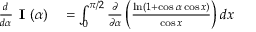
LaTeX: \begin{array} { r l } { { \frac { d } { d \alpha } } { \textbf { I } } ( \alpha ) } & { { } = \int _ { 0 } ^ { \pi / 2 } { \frac { \partial } { \partial \alpha } } \left( { \frac { \ln ( 1 + \cos \alpha \cos x ) } { \cos x } } \right) d x } \end{array}